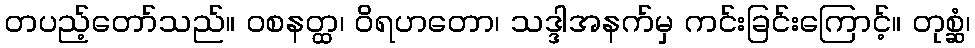
တပည့်တော်သည်။ ဝစနတ္ထ၊ ဝိရဟတော၊ သဒ္ဒါအနက်မှ ကင်းခြင်းကြောင့်။ တုစ္ဆံ၊